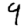
Digit: 9